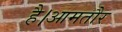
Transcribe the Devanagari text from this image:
है।आमतौर